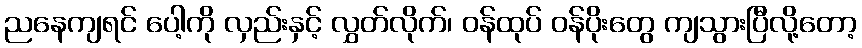
ညနေကျရင် ပေါ့ကို လှည်းနှင့် လွှတ်လိုက်၊ ဝန်ထုပ် ဝန်ပိုးတွေ ကျသွားပြီလို့တော့